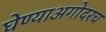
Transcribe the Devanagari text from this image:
घेण्याअगोदरच